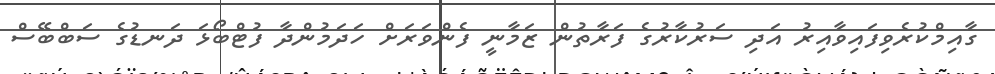
ގާއިމްކުރެވިފައިވާއިރު އަދި ސަރުކާރުގެ ފަރާތުން ޒަމާނީ ފެންވަރަށް ހަދަމުންދާ ފުޓްބޯޅަ ދަނޑުގެ ސަބްބޭސް